Report on vaccination North-West Frontier Province 1904-1922 - 1904-1922
Year: 1904
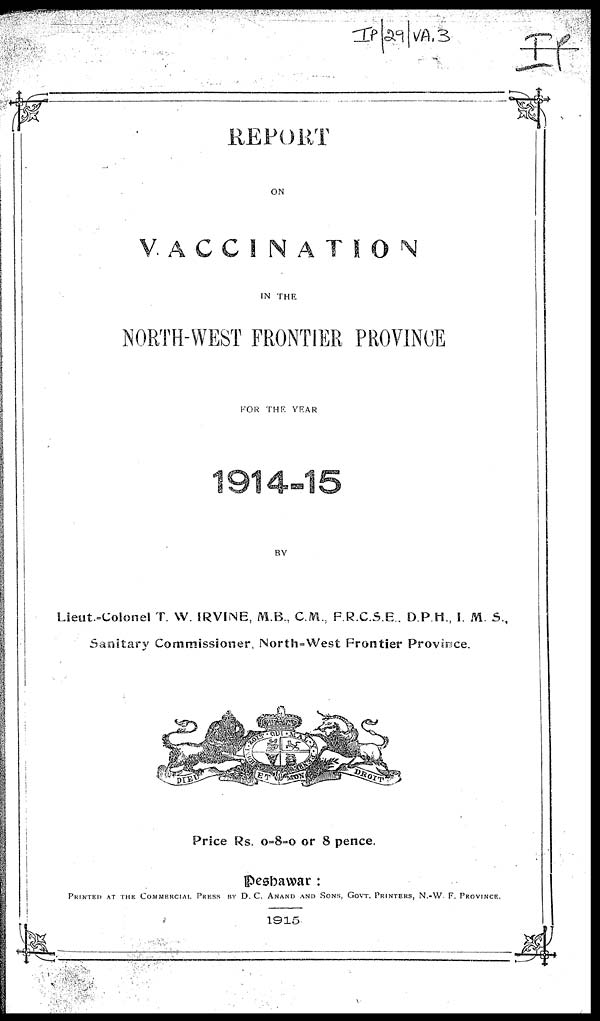
REPORT
ON
VACCINATION
IN THE
NORTH-WEST FRONTIER PROVINCE
FOR THE YEAR
1914-15
BY
Lieut.-Colonel T. W. IRVINE, M.B. C.M., F.R.C.S.E., D.P.H., I. M. S.,
Sanitary Commissioner, North-West Frontier Province.
Price Rs. 0-8-0 or 8 pence.
Peshawar :
PRINTED AT THE COMMERCIAL PRESS BY D. C. ANAND AND SONS. GOVT. PRINTERS, N.-W.F PROVINCE.
1915